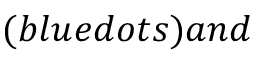
( b l u e d o t s ) a n d